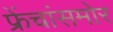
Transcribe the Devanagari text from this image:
फ्रेंचांसमोर